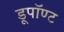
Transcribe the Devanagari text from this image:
डूपॉण्ट